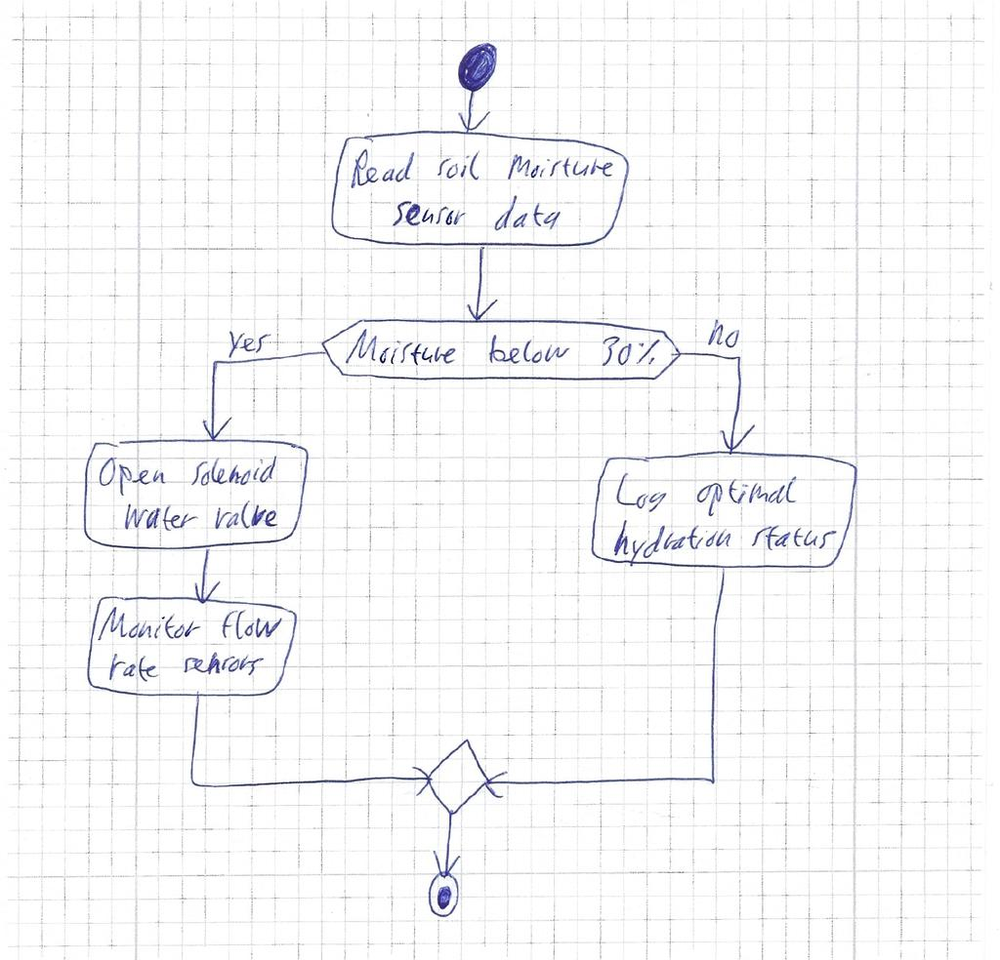
Diagram type: activity_diagram
```plantuml
@startuml

start

:Read soil moisture sensor data;

if (Moisture below 30%?) then (yes)
  :Open solenoid water valve;
  :Monitor flow rate sensors;
else (no)
  :Log optimal hydration status;
endif

stop

@enduml
```